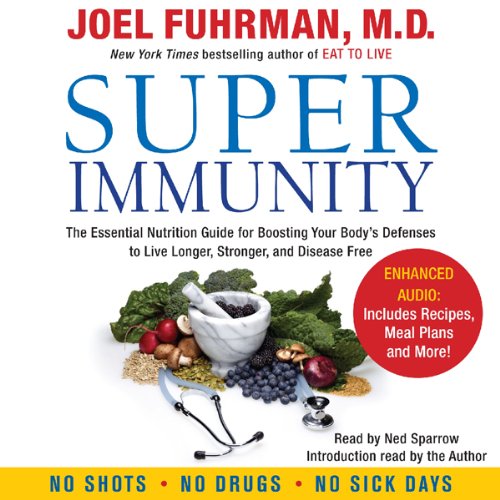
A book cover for Super Immunity: A Breakthrough Program to Boost the Body's Defenses and Stay Healthy All Year Round; Joel Fuhrman; Medical Books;